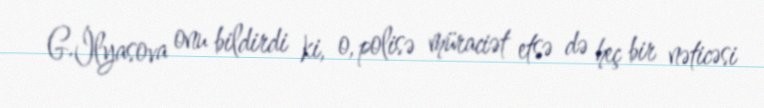
G.İlyasova onu bildirdi ki, o, polisə müraciət etsə də heç bir nəticəsi